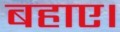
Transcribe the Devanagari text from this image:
बहाए।